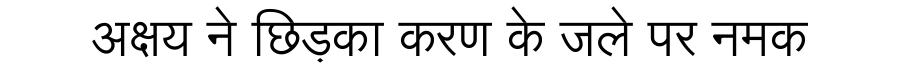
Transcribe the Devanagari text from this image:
अक्षय ने छिड़का करण के जले पर नमक